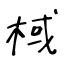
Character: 棫